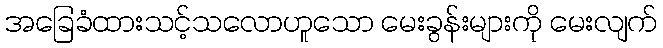
အခြေခံထားသင့်သလောဟူသော မေးခွန်းများကို မေးလျက်